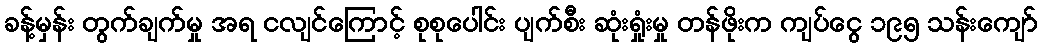
ခန့်မှန်း တွက်ချက်မှု အရ ငလျင်ကြောင့် စုစုပေါင်း ပျက်စီး ဆုံးရှုံးမှု တန်ဖိုးက ကျပ်ငွေ ၁၉၅ သန်းကျော်